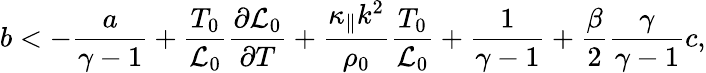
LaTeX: b<-\frac{a}{\gamma-1}+\frac{T_{0}}{{\cal L}_{0}}\frac{\partial{{\cal L}_{0}}}{\partial T}+\frac{\kappa_{\parallel}k^{2}}{\rho_{0}}\frac{T_{0}}{{\cal L}_{0}}+\frac{1}{\gamma-1}+\frac{\beta}{2}\frac{\gamma}{\gamma-1}c,